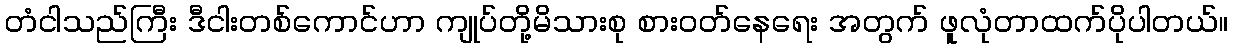
တံငါသည်ကြီး ဒီငါးတစ်ကောင်ဟာ ကျုပ်တို့မိသားစု စားဝတ်နေရေး အတွက် ဖူလုံတာထက်ပိုပါတယ်။